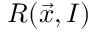
R ( \vec { x } , I )